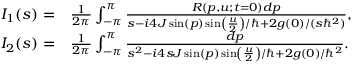
\begin{array} { r l } { I _ { 1 } ( s ) = } & { \frac { 1 } { 2 \pi } \int _ { - \pi } ^ { \pi } \frac { R ( p , u ; t = 0 ) d p } { s - i 4 J \sin ( p ) \sin \left( \frac { u } { 2 } \right) / \hbar + 2 g ( 0 ) / ( s \hbar ^ { 2 } ) } , } \\ { I _ { 2 } ( s ) = } & { \frac { 1 } { 2 \pi } \int _ { - \pi } ^ { \pi } \frac { d p } { s ^ { 2 } - i 4 s J \sin ( p ) \sin \left( \frac { u } { 2 } \right) / \hbar + 2 g ( 0 ) / \hbar ^ { 2 } } . } \end{array}